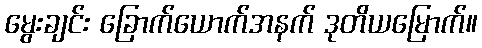
မွေးချင်း ခြောက်ယောက်အနက် ဒုတိယမြောက်။